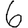
Digit: 6